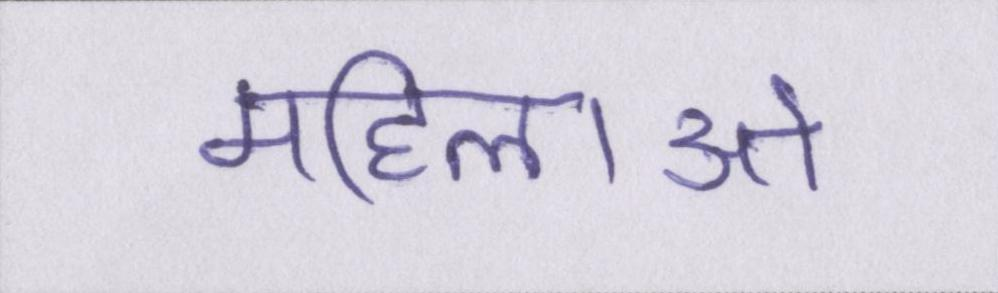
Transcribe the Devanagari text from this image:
महिलाओ